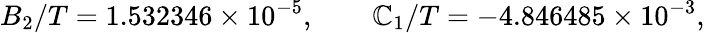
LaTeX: B_{2}/T=1.532346\times10^{-5},\qquad\mathbb{C}_{1}/T=-4.846485\times10^{-3},